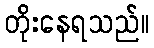
တိုးနေရသည်။